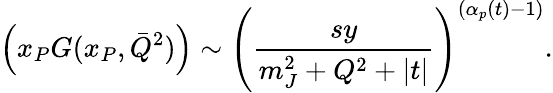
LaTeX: \left(x_{P}G(x_{P},\bar{Q}^{2})\right)\sim\left(\frac{sy}{m_{J}^{2}+Q^{2}+|t|}\right)^{(\alpha_{p}(t)-1)}.